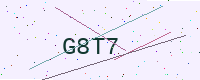
Text: G8T7